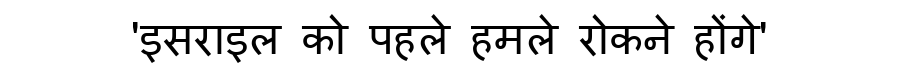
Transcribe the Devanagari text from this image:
'इसराइल को पहले हमले रोकने होंगे'